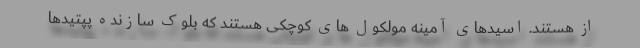
از هستند. اسیدهای آمینه مولکول های کوچکی هستند که بلوک سازنده پپتیدها